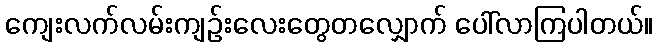
ကျေးလက်လမ်းကျဉ်းလေးတွေတလျှောက် ပေါ်လာကြပါတယ်။